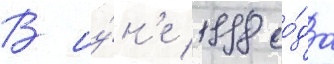
В иу́н'е 1998 го́да